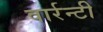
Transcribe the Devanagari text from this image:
वार्रन्टी